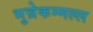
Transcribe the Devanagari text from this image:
भुन्नेकम्मल्ल